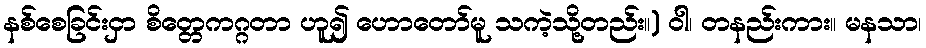
နစ်စေခြင်းငှာ စိတ္တေကဂ္ဂတာ ဟူ၍ ဟောတော်မူ သကဲ့သို့တည်း။) ဝါ၊ တနည်းကား။ မနသာ၊